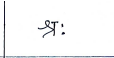
मजकूर: श्र: